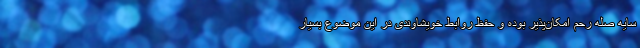
سایه صله رحم امکان‌پذیر بوده و حفظ روابط خویشاوندی در این موضوع بسیار